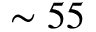
\sim 5 5